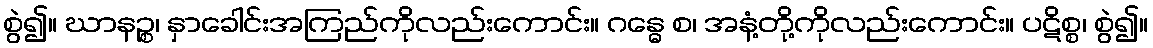
စွဲ၍။ ဃာနဉ္စ၊ နှာခေါင်းအကြည်ကိုလည်းကောင်း။ ဂန္ဓေ စ၊ အနံ့တို့ကိုလည်းကောင်း။ ပဋိစ္စ၊ စွဲ၍။